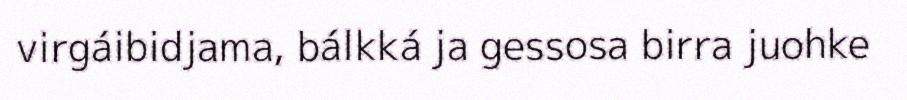
virgáibidjama, bálkká ja gessosa birra juohke